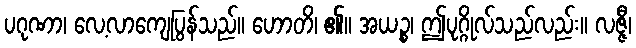
ပဂုဏာ၊ လေ့လာကျေပြွန်သည်။ ဟောတိ၊ ၏။ အယဉ္စ၊ ဤပုဂ္ဂိုလ်သည်လည်း။ လဇ္ဇီ၊